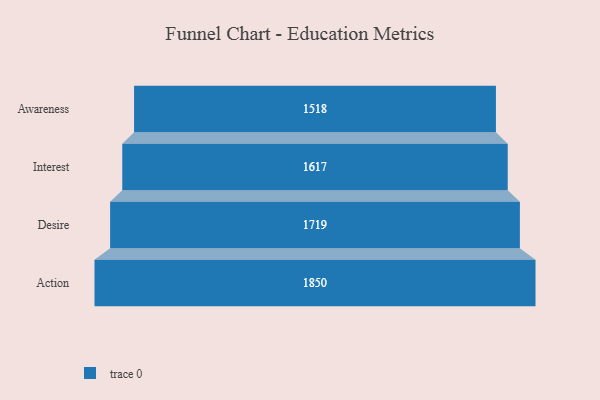
{"axis": {"x": "Stage", "y": "Value"}, "legend": [""], "data": [{"x": "Awareness", "y": 1518.0, "type": ""}, {"x": "Interest", "y": 1617.0, "type": ""}, {"x": "Desire", "y": 1719.0, "type": ""}, {"x": "Action", "y": 1850.0, "type": ""}]}